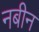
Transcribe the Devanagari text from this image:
नबीन